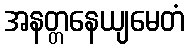
အနတ္တနေယျမေတံ